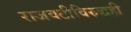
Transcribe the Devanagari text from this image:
राजवटीविरुद्धही